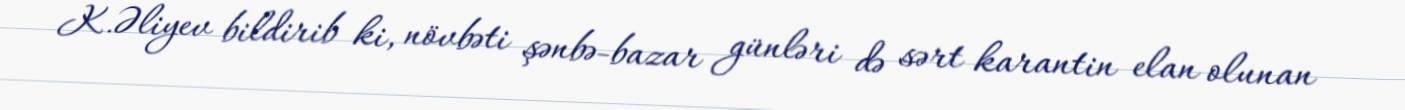
K.Əliyev bildirib ki, növbəti şənbə-bazar günləri də sərt karantin elan olunan